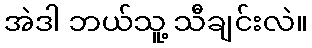
အဲဒါ ဘယ်သူ့ သီချင်းလဲ။